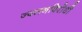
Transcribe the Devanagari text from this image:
ज्वलनविरोधी